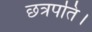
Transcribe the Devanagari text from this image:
छत्रपति।